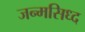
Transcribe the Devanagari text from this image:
जन्मसिध्द